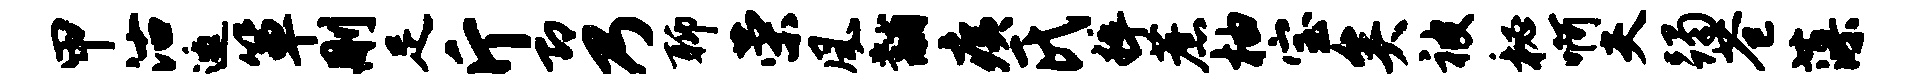
甲沽邀箪删足斤即乃聊荣风黼痍氏粹蔗柚宝矣被秘啊夫躅苍藻